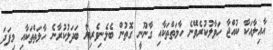
އާއިލާއަކާ ކުއްޖާ ހަވާލުކުރެވޭނެ ހާލަތްތަކާއި ގާނޫނީ ގޮތުން ބެލެނިވެރިޔާ ބަދަލުކުރާނެ ހާލަތްތަކާއި މިފަދަ